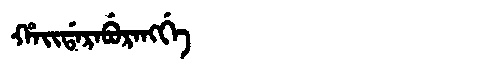
Manchu: ᡥᠠᡳᡩᠠᡵᠠᠪᡠᡵᠠᠩᡤᡝ
Romanization: HAIDARABURANGGE